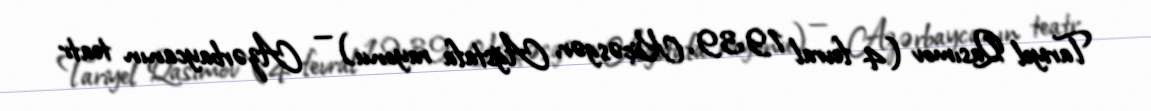
Tariyel Qasımov (4 fevral 1939, Köçəsgər, Ağstafa rayonu) — Azərbaycanın teatr